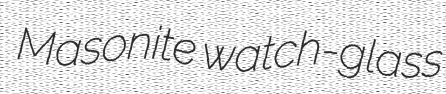
Masonite watch-glass